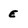
Character: E